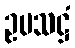
ဥပသဋ္ဌံ